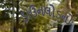
ડાઉનલોડનો